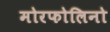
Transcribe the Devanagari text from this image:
मोरफोलिनो